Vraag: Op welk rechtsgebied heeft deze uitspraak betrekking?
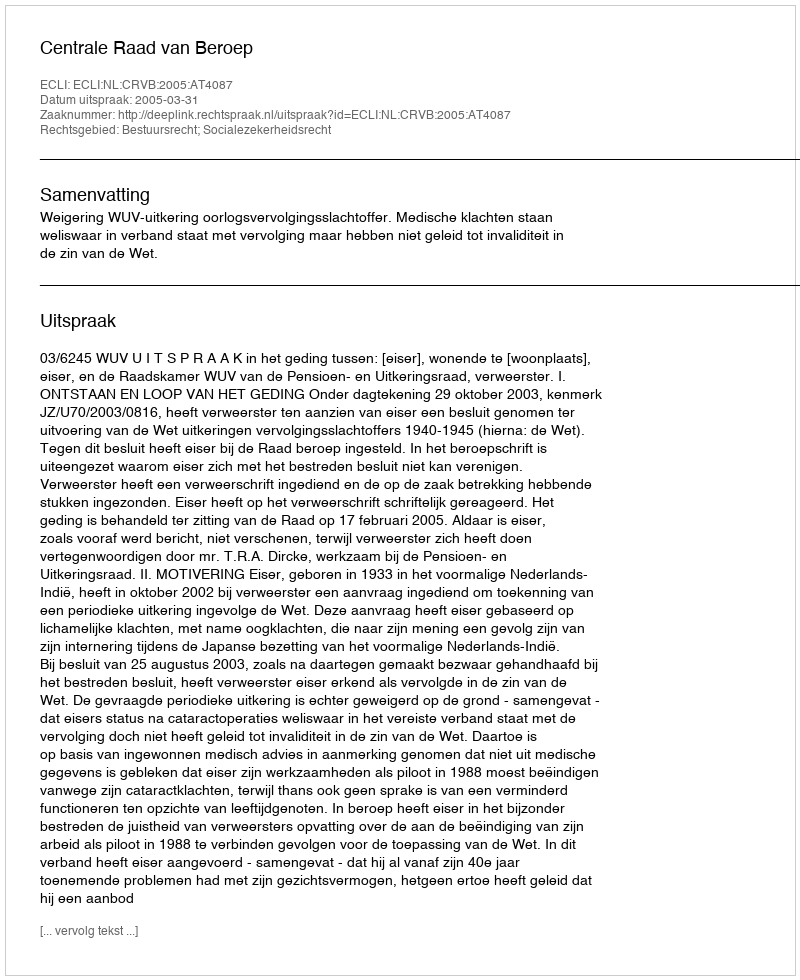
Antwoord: Bestuursrecht; Socialezekerheidsrecht